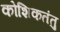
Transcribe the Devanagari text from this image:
कोशिकतंतु